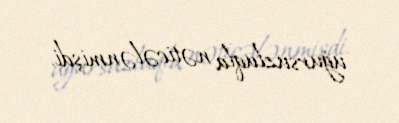
uğursuzluqla nəticələnmişdi.